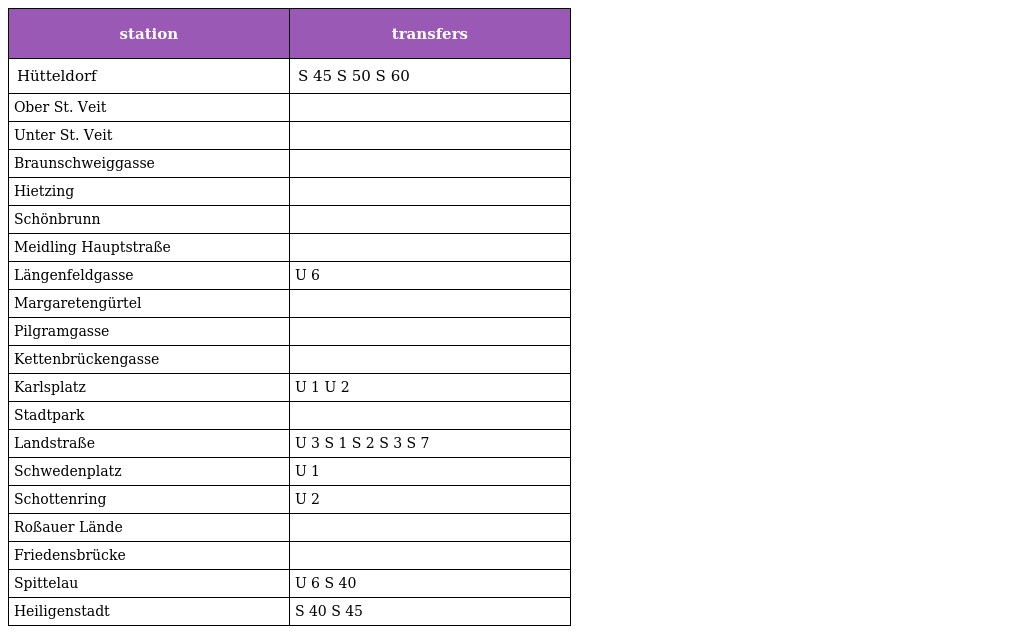
| station | transfers |
 | --- | --- |
 | Hütteldorf | S 45 S 50 S 60 |
 | Ober St. Veit |  |
 | Unter St. Veit |  |
 | Braunschweiggasse |  |
 | Hietzing |  |
 | Schönbrunn |  |
 | Meidling Hauptstraße |  |
 | Längenfeldgasse | U 6 |
 | Margaretengürtel |  |
 | Pilgramgasse |  |
 | Kettenbrückengasse |  |
 | Karlsplatz | U 1 U 2 |
 | Stadtpark |  |
 | Landstraße | U 3 S 1 S 2 S 3 S 7 |
 | Schwedenplatz | U 1 |
 | Schottenring | U 2 |
 | Roßauer Lände |  |
 | Friedensbrücke |  |
 | Spittelau | U 6 S 40 |
 | Heiligenstadt | S 40 S 45 |